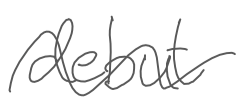
Text: debut
Cross-out: wave
Writing tool: digital_gray